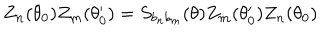
Z _ { n } ( \theta _ { 0 } ) Z _ { m } ( \theta _ { 0 } ^ { \prime } ) = S _ { b _ { n } b _ { m } } ( \theta ) Z _ { m } ( \theta _ { 0 } ^ { \prime } ) Z _ { n } ( \theta _ { 0 } )